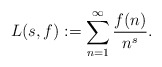
\begin{align*}L(s,f):=\sum_{n=1}^\infty \frac{f(n)}{n^s}.\end{align*}